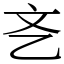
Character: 㐎